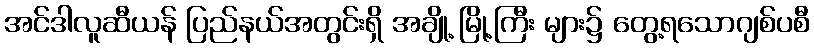
အင်ဒါလူဆီယန် ပြည်နယ်အတွင်းရှိ အချို့ မြို့ကြီး များ၌ တွေ့ရသောဂျစ်ပစီ